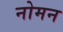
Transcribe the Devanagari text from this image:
नोमन